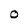
Character: o